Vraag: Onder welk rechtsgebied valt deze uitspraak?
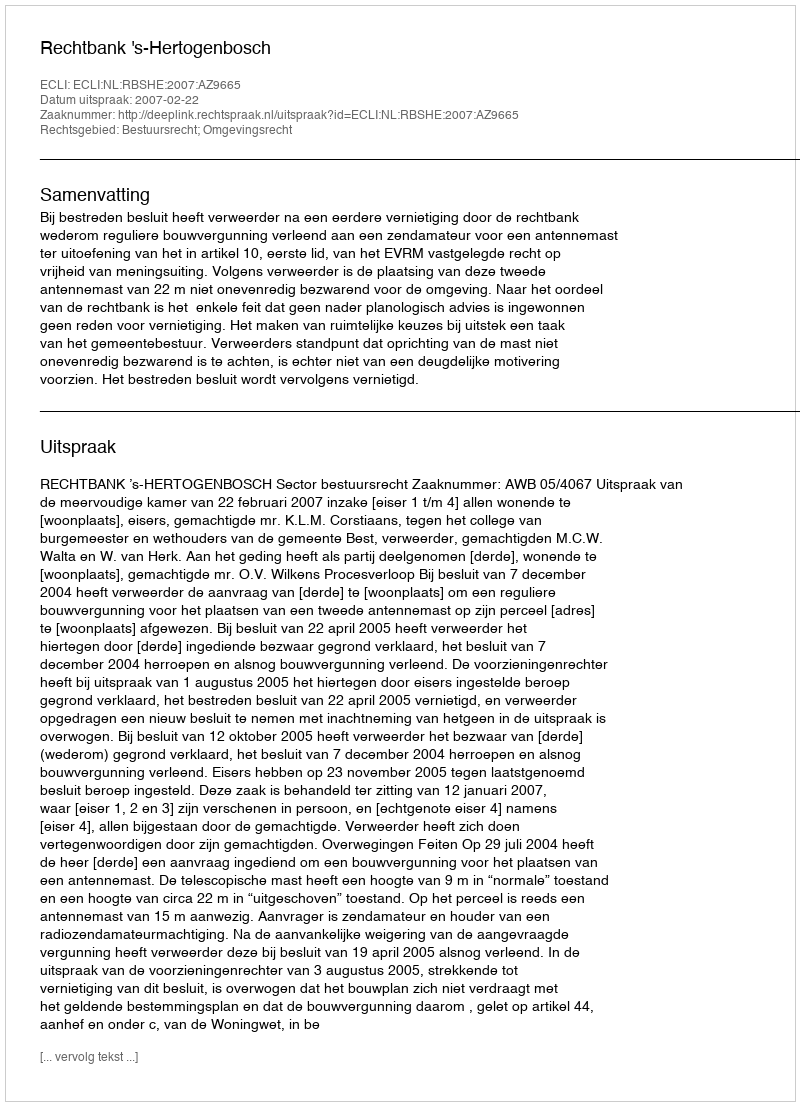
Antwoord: Bestuursrecht; Omgevingsrecht